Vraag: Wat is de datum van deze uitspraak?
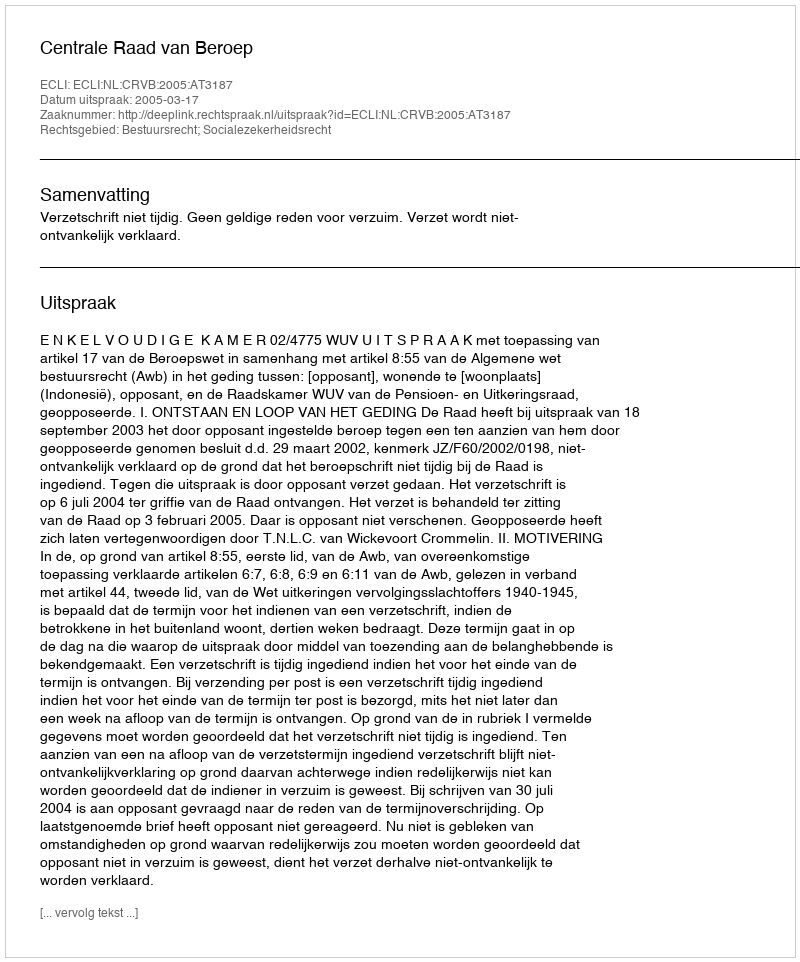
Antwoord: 2005-03-17